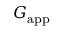
G _ { \mathrm { a p p } }